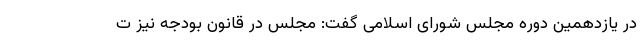
در یازدهمین دوره مجلس شورای اسلامی گفت: مجلس در قانون بودجه نیز ت